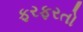
ફરફરતો